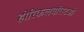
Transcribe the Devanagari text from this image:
होरिकलचरिस्टओ